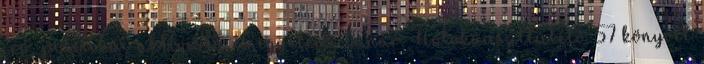
író, politikai aktivista és egyetemi tanár. Holokauszttúlélő. 57 könyvet